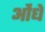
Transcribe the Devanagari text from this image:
ओंधे